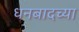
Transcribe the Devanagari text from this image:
धनबादच्या